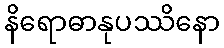
နိရောဓာနုပဿိနော